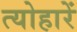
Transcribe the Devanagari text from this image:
त्योहारें